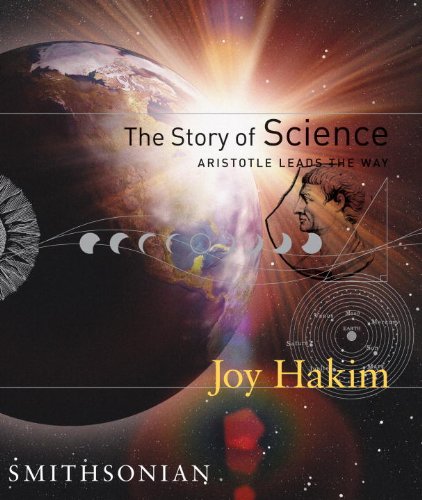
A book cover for The Story of Science: Aristotle Leads the Way; Joy Hakim; Teen & Young Adult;